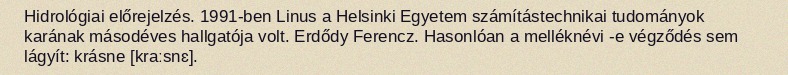
Hidrológiai előrejelzés. 1991-ben Linus a Helsinki Egyetem számítástechnikai tudományok karának másodéves hallgatója volt. Erdődy Ferencz. Hasonlóan a melléknévi -e végződés sem lágyít: krásne [kraːsnɛ].